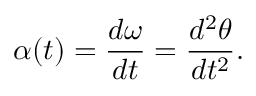
\alpha ( t ) = { \frac { d \omega } { d t } } = { \frac { d ^ { 2 } \theta } { d t ^ { 2 } } } .